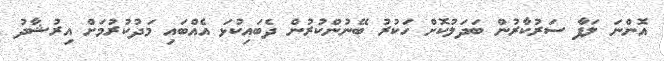
އޮންނަ ލަފާ ސަރުކާރުން ބަދަލުކޮށް ހަކުރު ބޭނުންކުރުން ދެބައިކުޅަ އެއްބައި މަދުކުރުމަށް އިރުޝާދު